Plague in India, 1896, 1897 - Volume 2
Year: 1896
Disease focus: Plague
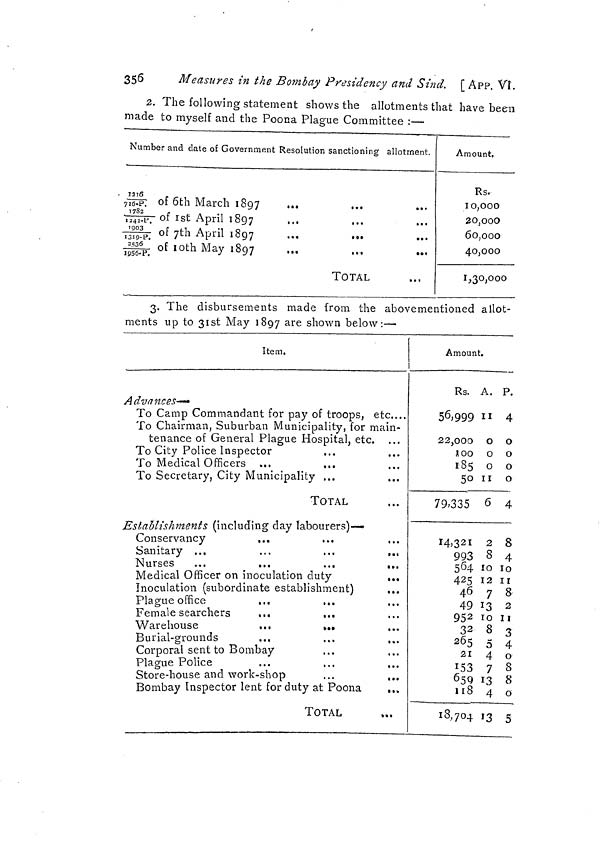
356
Measures in the Bombay Presidency and Sind. [ APP. VI.
2. The following statement shows the allotments that have been
made to myself and the Poona Plague Committee :—
Number and date of Government Resolution sanctioning allotment.
1216/716.P. of 6th March 1897
1782/1242.P.1st
April 1897
1903/1319.P. 7th April 1897
2536/1956.P.10th
May 1897
TOTAL
Amount.
Rs.
10,000
20,000
60,000
40,000
1,30,000
3. The disbursements made from the abovementioned allot-
ments up to 31st May 1897 are shown below: —
Item.
:
Advances—
To Camp Commandant for pay of troops, etc....
To Chairman, Suburban Municipality, for main-
tenance of General Plague Hospital, etc.
To City Police Inspector
To Medical Officers ...
To Secretary, City Municipality ...
TOTAL
Establishments (including day labourers)—
Conservancy
...
...
Sanitary ...
Nurses
Medical Officer on inoculation duty
Inoculation (subordinate establishment)
Plague office
Female searchers
...
...
Warehouse
...
Burial-grounds
Corporal sent to Bombay
Plague Police
Store-house and work-shop
Bombay Inspector lent for duty at Poona
TOTAL
Amount.
Rs. A. P.
56,999 11 4
22,000 o o
100 o o
185 o o
50 11 o
79.335 6 4
14,321 2 8
993 8 4
564 10 10
425 12 11
46 7 8
49 13 2
952 10 11
32 8 3
265 5 4
21 4 o
153 7 8
659 13 8
118 4 o
18,704 13 5